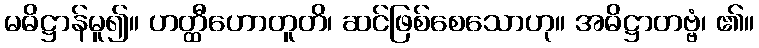
မဓိဋ္ဌာန်မူ၍။ ဟတ္ထီဟောတူတိ၊ ဆင်ဖြစ်စေသောဟု။ အဓိဋ္ဌာတဗ္ဗံ၊ ၏။